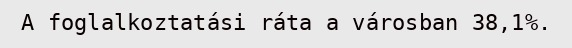
A foglalkoztatási ráta a városban 38,1%.